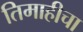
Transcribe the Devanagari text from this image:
तिमाहीचा